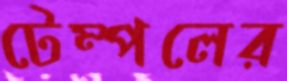
টেম্পলের